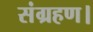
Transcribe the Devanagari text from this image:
संग्रहण।